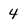
Character: 4